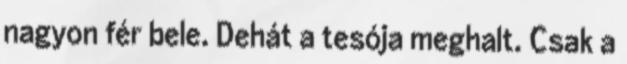
nagyon fér bele. Dehát a tesója meghalt. Csak a